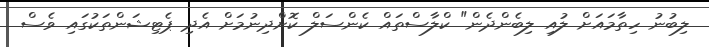
ލިބުނު ހިތާމައަށް ލުއި ލިބެންދެން" ކްލާސްތައް ކެންސަލް ކޮށްދިނުމަށް އެދި ޕެޓިޝަންތަކުގައި ވެސް